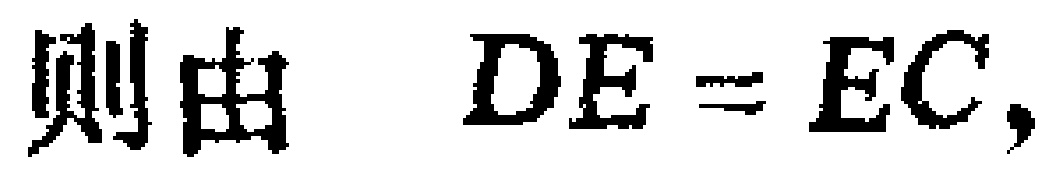
则由 \(DE = EC,\)